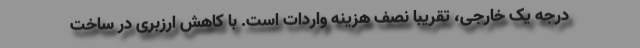
درجه یک خارجی، تقریبا نصف هزینه واردات است. با کاهش ارزبری در ساخت